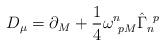
LaTeX: \begin{align*}D_{\mu} = \partial_M + \frac{1}{4}\omega^n_{~pM}\hat{\Gamma}_n^{~p}\end{align*}